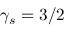
\gamma _ { s } = 3 / 2